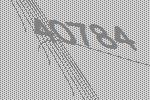
40784